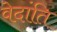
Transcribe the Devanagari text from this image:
वेदांति